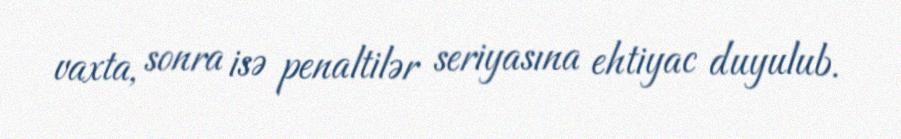
vaxta, sonra isə penaltilər seriyasına ehtiyac duyulub.